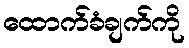
ထောက်ခံချက်ကို